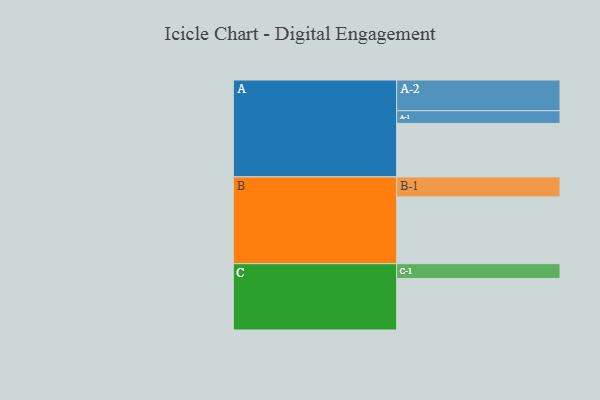
{"axis": {"x": "Segment", "y": "Value"}, "legend": ["", "A", "B", "C"], "data": [{"x": "A", "y": 460, "type": ""}, {"x": "B", "y": 574, "type": ""}, {"x": "C", "y": 443, "type": ""}, {"x": "A-1", "y": 109, "type": "A"}, {"x": "A-2", "y": 264, "type": "A"}, {"x": "B-1", "y": 172, "type": "B"}, {"x": "C-1", "y": 127, "type": "C"}]}